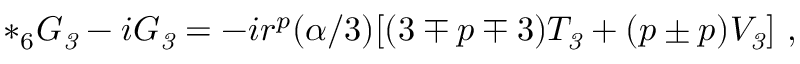
{ * _ { 6 } } G _ { \it 3 } - i G _ { \it 3 } = - i r ^ { p } ( \alpha / 3 ) [ ( 3 \mp p \mp 3 ) T _ { \it 3 } + ( p \pm p ) V _ { \it 3 } ] \ ,